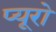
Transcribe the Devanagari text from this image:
प्यूरो